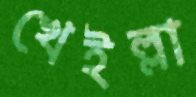
খেইল্লা